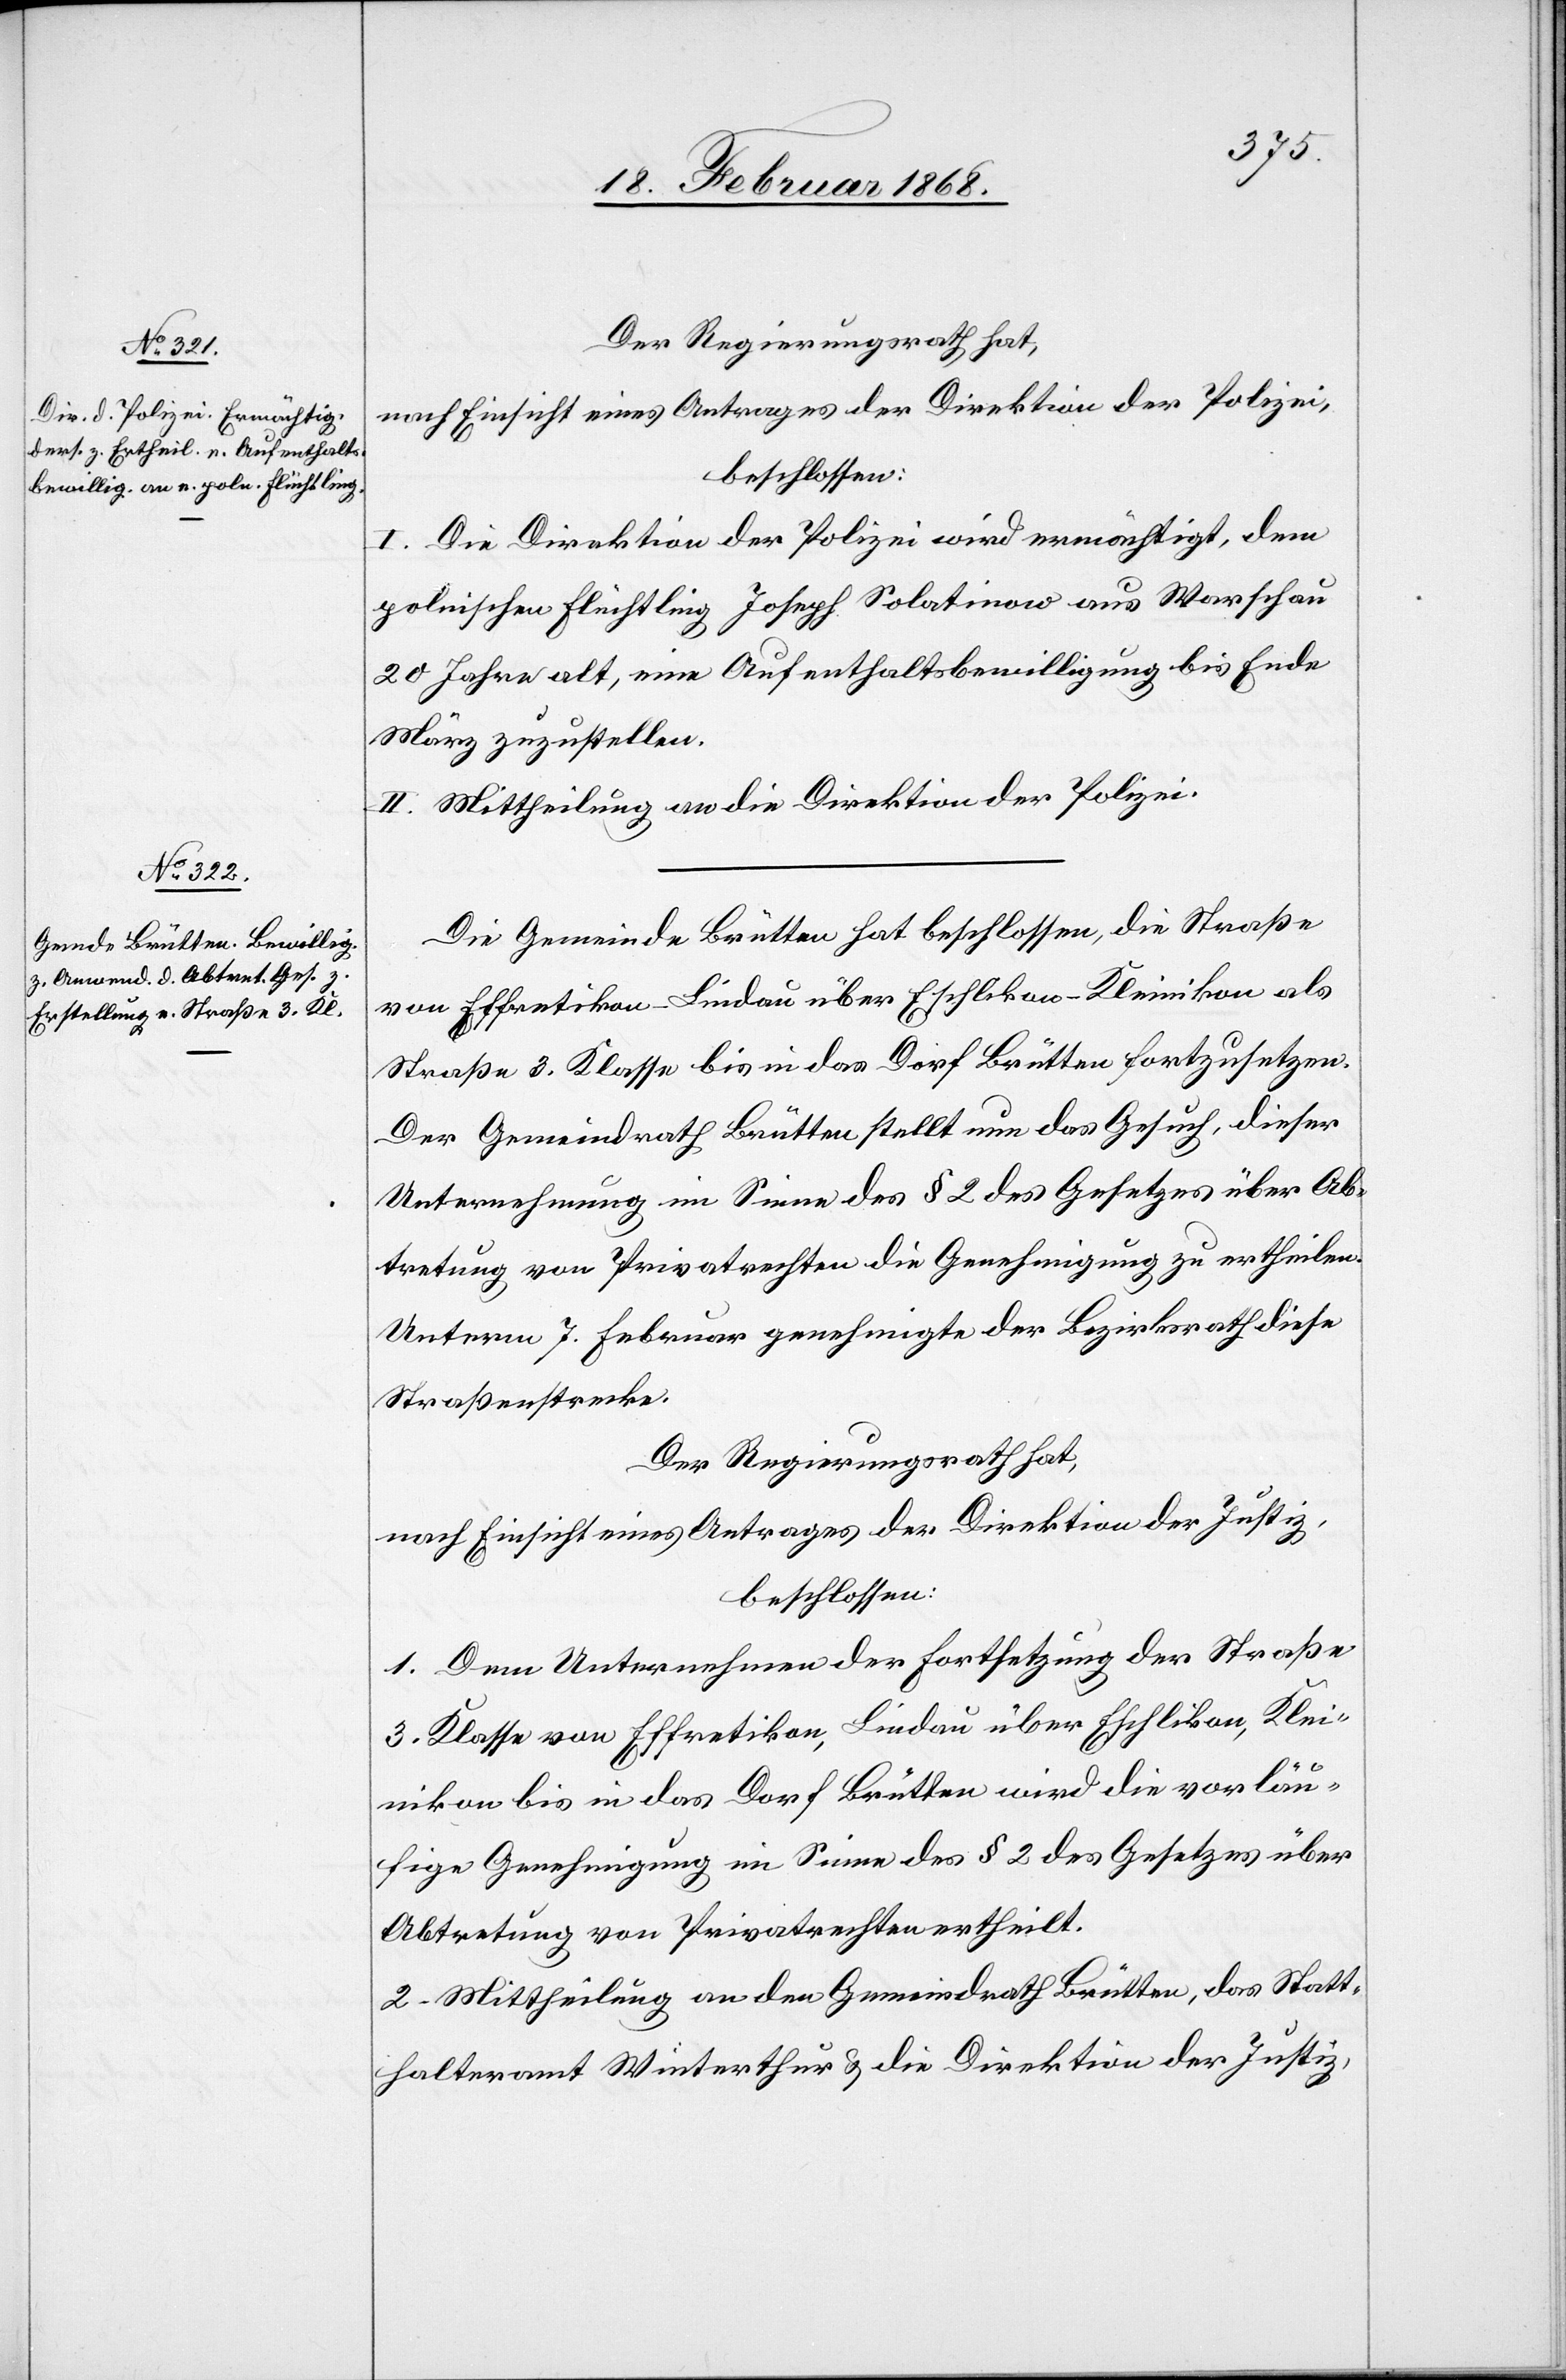
Der Regierungsrath hat,
nach Einsicht eines Antrages der Direktion der Polizei,
beschlossen:
Die Direktion der Polizei wird ermächtigt, dem
I.
polnischen Flüchtling Joseph Solatinow aus Warschau
20 Jahre alt, eine Aufenthaltsbewilligung bis Ende
März zuzustellen.
II. Mittheilung an die Direktion der Polizei.
Die Gemeinde Brütten hat beschlossen, die Straße
von Effretikon-Lindau über Eschlikon-Kleinikon als
Straße 3. Klasse bis in das Dorf Brütten fortzusetzen.
Der Gemeindrath Brütten stellt nun das Gesuch, dieser
Unternehmung im Sinne des § 2 des Gesetzes über Ab¬
tretung von Privatrechten die Genehmigung zu ertheilen.
Unterm 7. Februar genehmigte der Bezirksrath diese
Straßenstrecke.
Der Regierungsrath hat,
nach Einsicht eines Antrages der Direktion der Justiz,
beschlossen:
1. Dem Unternehmen der Fortsetzung der Straße
3. Klasse von Effretikon, Lindau über Eschlikon, Klei¬
nikon bis in das Dorf Brütten wird die vorläu¬
fige Genehmigung im Sinne des § 2 des Gesetzes über
Abtretung von Privatrechten ertheilt.
2. Mittheilung an den Gemeindrath Brütten, das Statt¬
halteramt Winterthur & die Direktion der Justiz,